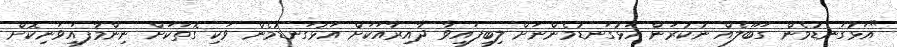
"އަޅުގަނޑުމެން ގަބޫލެއް ނުކުރަން އަޅުގަނޑުމެންނަށް ލިބިފައިވާ ދާއިރާއަކަށް އަޅުގަނޑުމެން ވަކި ގޮތަކަށް ނިންމާފައިވަނިކޮށް